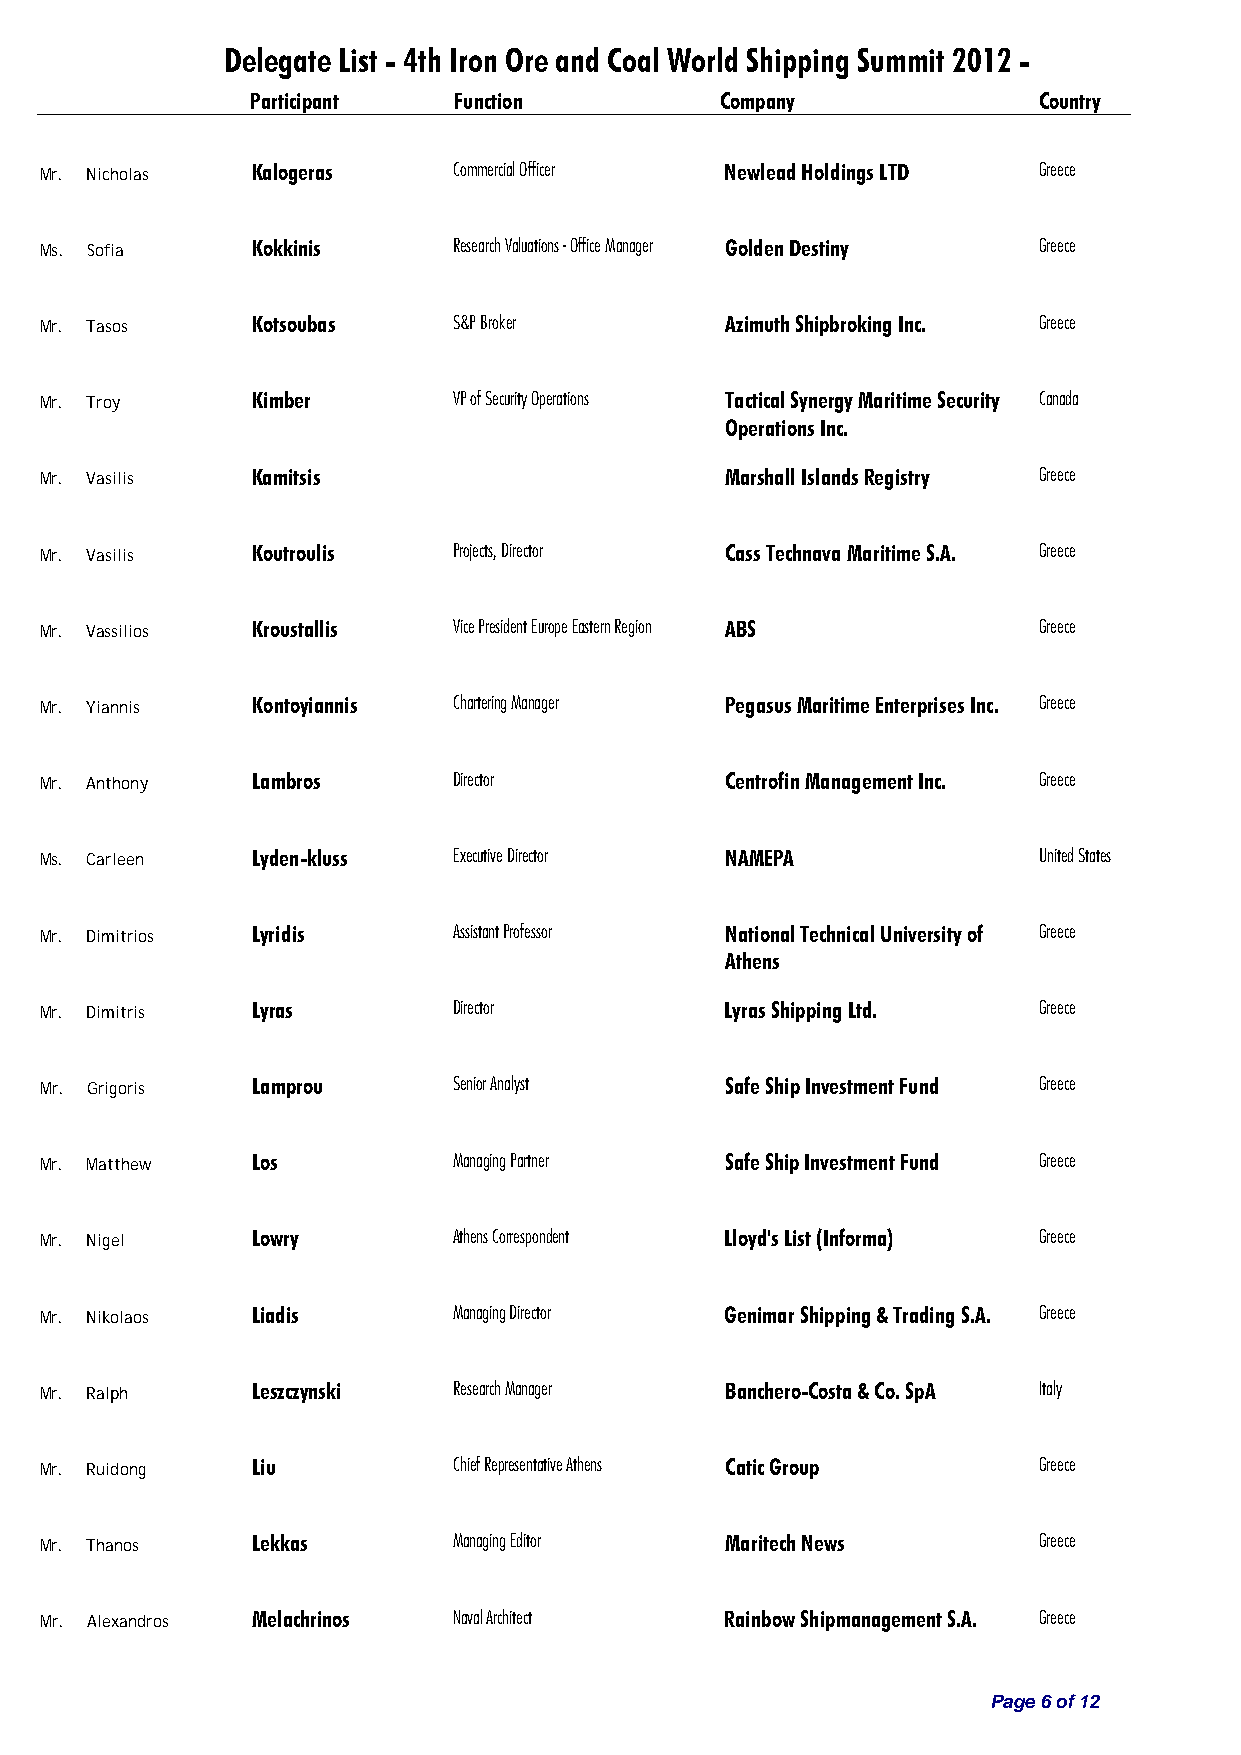
Delegate List - 4th Iron Ore and Coal World Shipping Summit 2012 -
 Participant  Function          Company              Country
 Mr. Nicholas  Kalogeras    Commercial Officer Newlead Holdings LTD Greece
 Ms. Sofia     Kokkinis     Research Valuations - Office Manager Golden Destiny Greece
 Mr. Tasos     Kotsoubas    S&P Broker        Azimuth Shipbroking Inc. Greece
 Mr. Troy      Kimber       VP of Security Operations Tactical Synergy Maritime Security Canada
 Operations Inc.
 Mr. Vasilis   Kamitsis                       Marshall Islands Registry Greece
 Mr. Vasilis   Koutroulis   Projects, Director Cass Technava Maritime S.A. Greece
 Mr. Vassilios Kroustallis  Vice President Europe Eastern Region ABS Greece
 Mr. Yiannis   Kontoyiannis Chartering Manager Pegasus Maritime Enterprises Inc. Greece
 Mr. Anthony   Lambros      Director          Centrofin Management Inc. Greece
 Ms. Carleen   Lyden-kluss  Executive Director NAMEPA              United States
 Mr. Dimitrios Lyridis      Assistant Professor National Technical University of Greece
 Athens
 Mr. Dimitris  Lyras        Director          Lyras Shipping Ltd.  Greece
 Mr. Grigoris  Lamprou      Senior Analyst    Safe Ship Investment Fund Greece
 Mr. Matthew   Los          Managing Partner  Safe Ship Investment Fund Greece
 Mr. Nigel     Lowry        Athens Correspondent Lloyd's List (Informa) Greece
 Mr. Nikolaos  Liadis       Managing Director Genimar Shipping & Trading S.A. Greece
 Mr. Ralph     Leszczynski  Research Manager  Banchero-Costa & Co. SpA Italy
 Mr. Ruidong   Liu          Chief Representative Athens Catic Group Greece
 Mr. Thanos    Lekkas       Managing Editor   Maritech News        Greece
 Mr. Alexandros Melachrinos Naval Architect   Rainbow Shipmanagement S.A. Greece
 Page 6 of 12